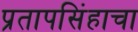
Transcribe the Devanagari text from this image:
प्रतापसिंहाचा